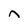
Character: n